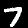
Digit: 7